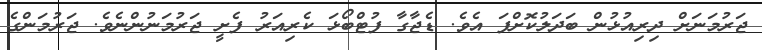
ޖަރުމަނަށް ދިރިއުޅުން ބަދަލުކޮށްފަ އެވެ. ޑެޖާގާ ފުޓްބޯޅަ ކެރިއަރު ފެށީ ޖަރުމަނުންނެވެ. ޖަރުމަންގެ